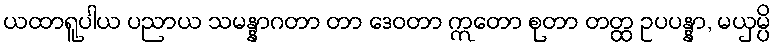
ယထာရူပါယ ပညာယ သမန္နာဂတာ တာ ဒေဝတာ ဣတော စုတာ တတ္ထ ဥပပန္နာ, မယှမ္ပိ